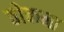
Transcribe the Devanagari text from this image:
ठोकना